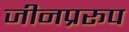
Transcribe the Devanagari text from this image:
जीनप्ररूप